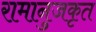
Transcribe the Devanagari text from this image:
रामानुजकृत